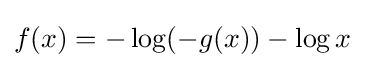
f(x)=-\log(-g(x))-\log x